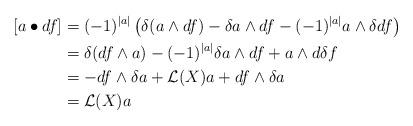
LaTeX: \begin{align*} [a\bullet df] &=(-1)^{\vert a\vert}\left( \delta(a\wedge df)-\delta a\wedge df -(-1)^{\vert a\vert} a\wedge\delta df\right)\\ &=\delta( df\wedge a)-(-1)^{\vert a\vert}\delta a \wedge df +a\wedge d\delta f\\ &=-df\wedge \delta a+\mathcal{L}(X)a+df\wedge \delta a\\ &=\mathcal{L}(X)a \end{align*}